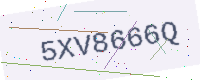
Text: 5XV8666Q